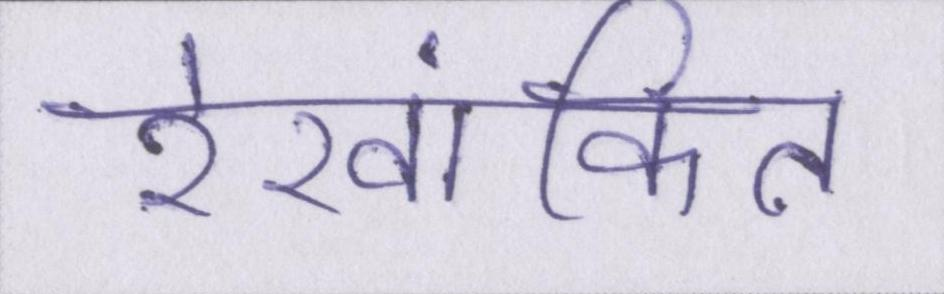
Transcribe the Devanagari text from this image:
रेखांकित